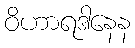
ဝိဟာရဒါနေန